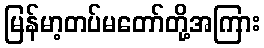
မြန်မာ့တပ်မတော်တို့အကြား